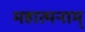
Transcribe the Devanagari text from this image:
महात्मनाम्